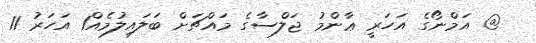
@ އަމްނޯގެ އަހަރީ ޢާންމު ޖަލްސާގެ މައްޗަށް ބަލައިލުމެއް1 އަހަރު 11